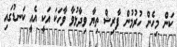
ކަން މިހެން ހުރުމުން ފާރިޝް ތިޔާ ވިދާޅުވާ ވާހަކަ އަކީ އެއީ ކަނޑުގައި